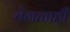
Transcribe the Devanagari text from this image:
वेगळाही